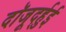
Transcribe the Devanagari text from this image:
दॉजूर्द्हुई